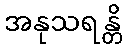
အနုသရန္တိ